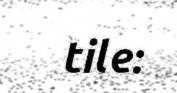
tile: